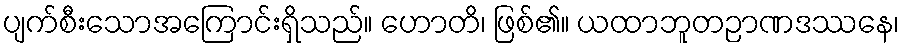
ပျက်စီးသောအကြောင်းရှိသည်။ ဟောတိ၊ ဖြစ်၏။ ယထာဘူတဉာဏဒဿနေ၊